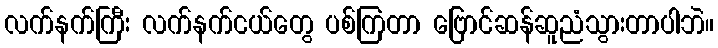
လက်နက်ကြီး လက်နက်ငယ်တွေ ပစ်ကြတာ ဗြောင်ဆန်ဆူညံသွားတာပါဘဲ။